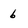
Character: 6